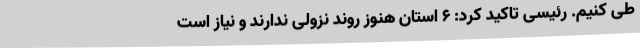
طی کنیم. رئیسی تاکید کرد: ۶ استان هنوز روند نزولی ندارند و نیاز است